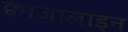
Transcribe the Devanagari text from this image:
क्वाजालाइन